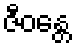
ဇီဝန္တေ